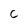
Character: c